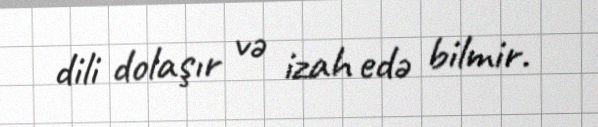
dili dolaşır və izah edə bilmir.